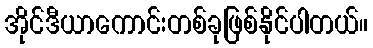
အိုင်ဒီယာကောင်းတစ်ခုဖြစ်နိုင်ပါတယ်။